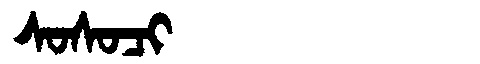
Manchu: ᠰᠣᠰᠣᠴᡳ
Romanization: SOSOCI